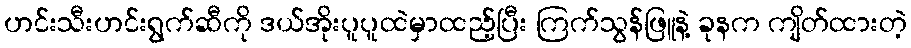
ဟင်းသီးဟင်းရွက်ဆီကို ဒယ်အိုးပူပူထဲမှာထည့်ပြီး ကြက်သွန်ဖြူနဲ့ ခုနက ကျိတ်ထားတဲ့